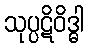
သုပ္ပဋိဝိဒ္ဓါ